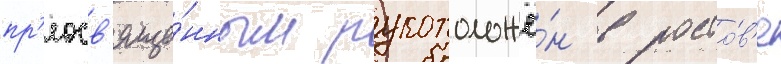
пр'еосв'яще́нным рукоположё́н в росто́в'е